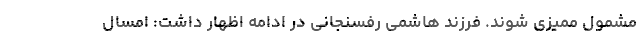
مشمول ممیزی شوند. فرزند هاشمی رفسنجانی در ادامه اظهار داشت: امسال